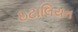
ઇટાલિયન